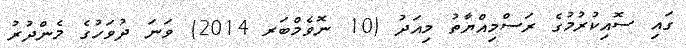
ގައި ސޮއިކުރުމުގެ ރަސްމިއްޔާތު މިއަދު (10 ނޮވެމްބަރ 2014) ވަނަ ދުވަހުގެ މެންދުރު